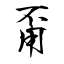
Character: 甭